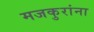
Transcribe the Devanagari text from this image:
मजकुरांना